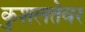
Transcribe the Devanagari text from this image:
कुशलतेवर